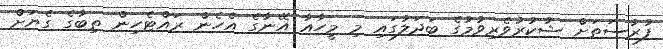
ފުރުސަތަށް ޝުކުރުވެރިވުމުގެ ބަދަލުގައި މި މީހާއާ އޭނާގެ އެހެން ރައްޓެހިން ތިބާގެ ގެޔަށް